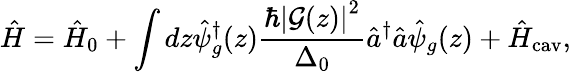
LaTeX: \hat{H}=\hat{H}_{0}+\int dz\hat{\psi}_{g}^{\dagger}(z)\frac{\hbar\left|\mathcal{G}(z)\right|^{2}}{\Delta_{0}}\hat{a}^{\dagger}\hat{a}\hat{\psi}_{g}(z)+\hat{H}_{\mathrm{cav}},